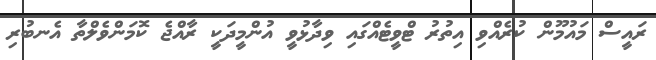
ރައީސް މައުމޫން ކުރެއްވި އިތުރު ޓްވީޓެއްގައި ވިދާޅުވީ އުންމީދަކީ ރާއްޖެ ކޮމަންވެލްތާ އެނބުރި